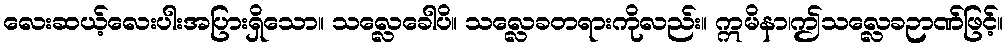
လေးဆယ့်လေးပါးအပြားရှိသော။ သလ္လေခေါပိ။ သလ္လေခတရားကိုလည်း။ ဣမိနာ၊ဤသလ္လေခဉာဏ်ဖြင့်။